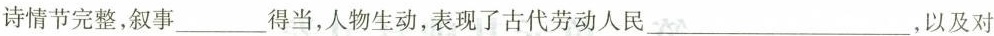
诗情节完整，叙事___得当，人物生动，表现了古代劳动人民___，以及对